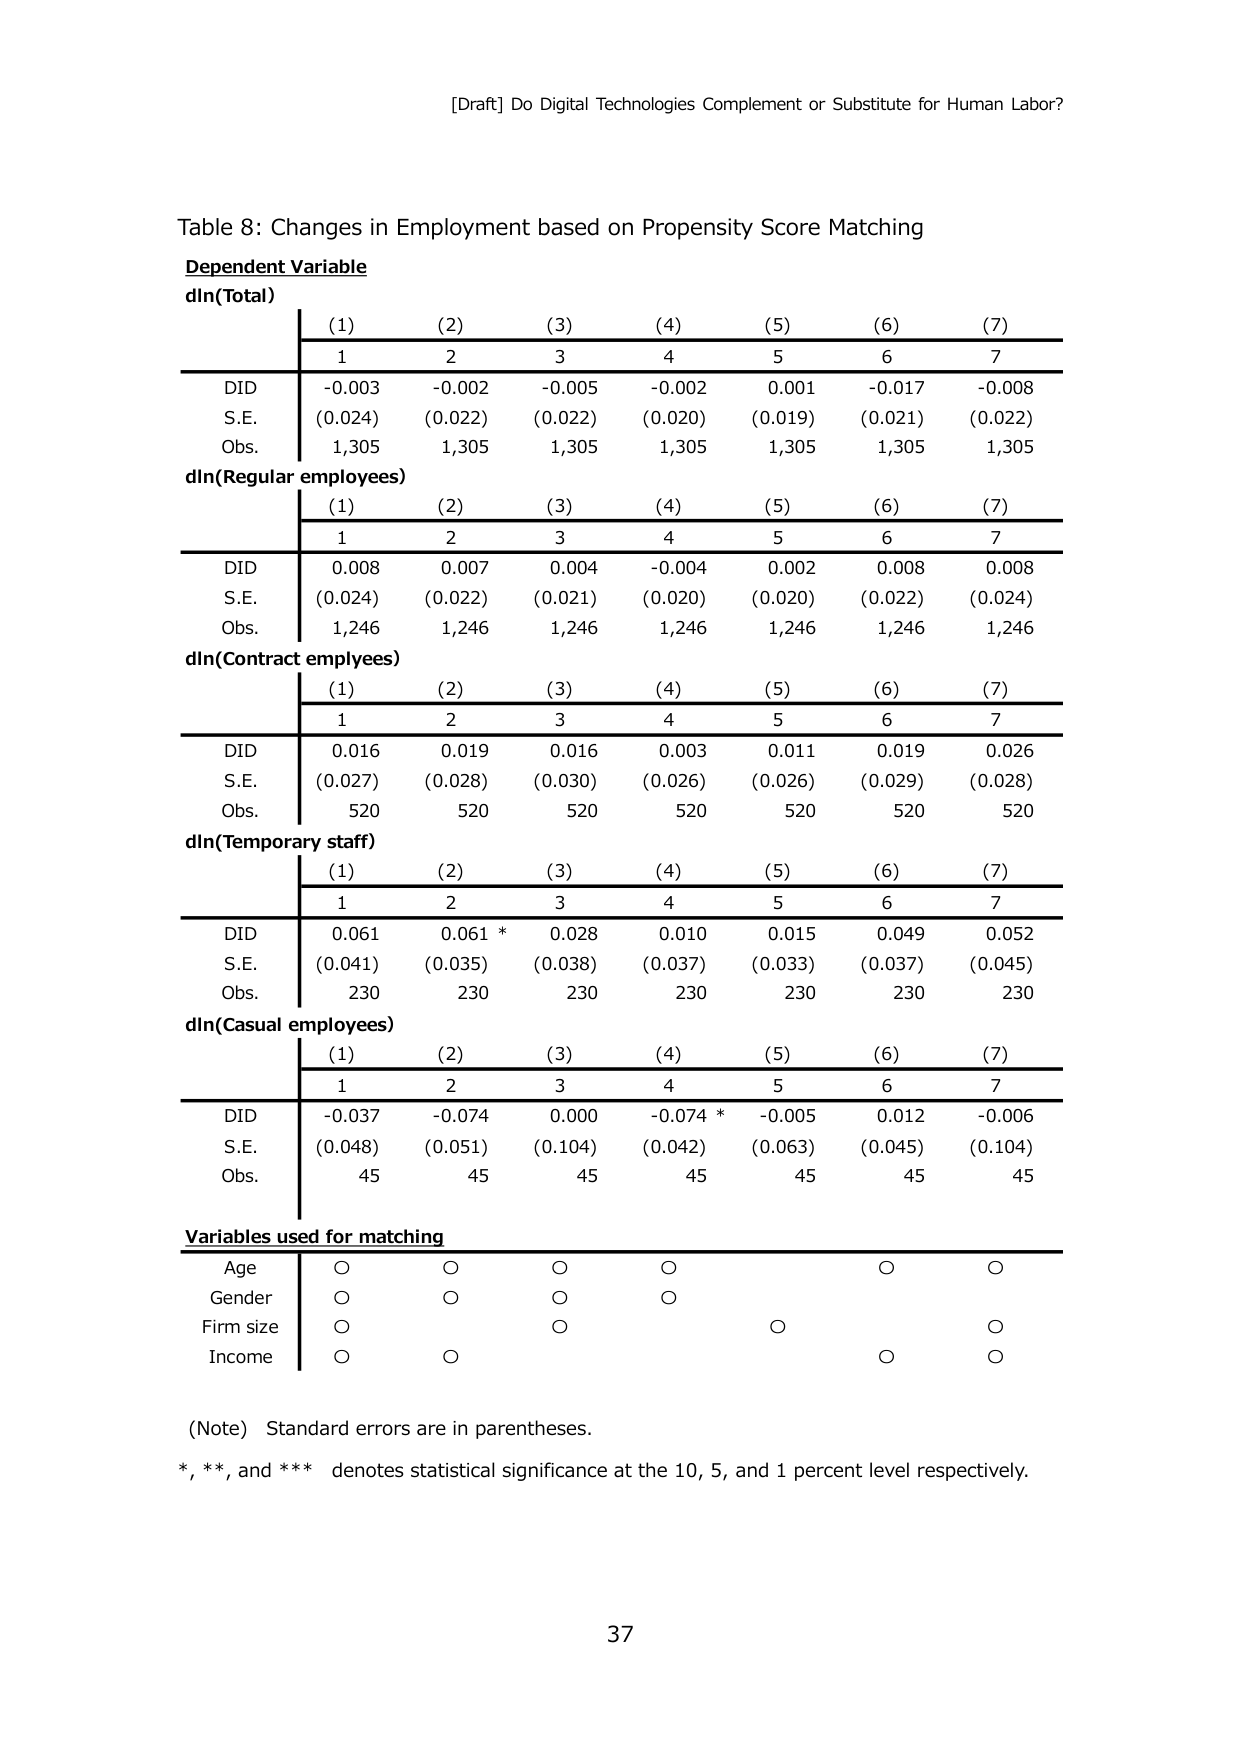
[Draft] Do Digital Technologies Complement or Substitute for Human Labor?

Table 8: Changes in Employment based on Propensity Score Matching

Dependent Variable
dln(Total)
(1) (2) (3) (4) (5) (6) (7)
1 2 3 4 5 6 7
DID -0.003 -0.002 -0.005 -0.002 0.001 -0.017 -0.008
S.E. (0.024) (0.022) (0.022) (0.020) (0.019) (0.021) (0.022)
Obs. 1,305 1,305 1,305 1,305 1,305 1,305 1,305

dln(Regular employees)
(1) (2) (3) (4) (5) (6) (7)
1 2 3 4 5 6 7
DID 0.008 0.007 0.004 -0.004 0.002 0.008 0.008
S.E. (0.024) (0.022) (0.021) (0.020) (0.020) (0.022) (0.024)
Obs. 1,246 1,246 1,246 1,246 1,246 1,246 1,246

dln(Contract employees)
(1) (2) (3) (4) (5) (6) (7)
1 2 3 4 5 6 7
DID 0.016 0.019 0.016 0.003 0.011 0.019 0.026
S.E. (0.027) (0.028) (0.030) (0.026) (0.026) (0.029) (0.028)
Obs. 520 520 520 520 520 520 520

dln(Temporary staff)
(1) (2) (3) (4) (5) (6) (7)
1 2 3 4 5 6 7
DID 0.061 0.061 * 0.028 0.010 0.015 0.049 0.052
S.E. (0.041) (0.035) (0.038) (0.037) (0.033) (0.037) (0.045)
Obs. 230 230 230 230 230 230 230

dln(Casual employees)
(1) (2) (3) (4) (5) (6) (7)
1 2 3 4 5 6 7
DID -0.037 -0.074 0.000 -0.074 * -0.005 0.012 -0.006
S.E. (0.048) (0.051) (0.104) (0.042) (0.063) (0.045) (0.104)
Obs. 45 45 45 45 45 45 45

Variables used for matching
Age ○ ○ ○ ○ ○ ○
Gender ○ ○ ○ ○
Firm size ○ ○ ○
Income ○ ○ ○ ○

(Note) Standard errors are in parentheses.
*, **, and *** denotes statistical significance at the 10, 5, and 1 percent level respectively.

37